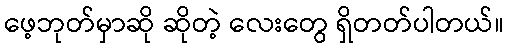
ဖေ့ဘုတ်မှာဆို ဆိုတဲ့ လေးတွေ ရှိတတ်ပါတယ်။